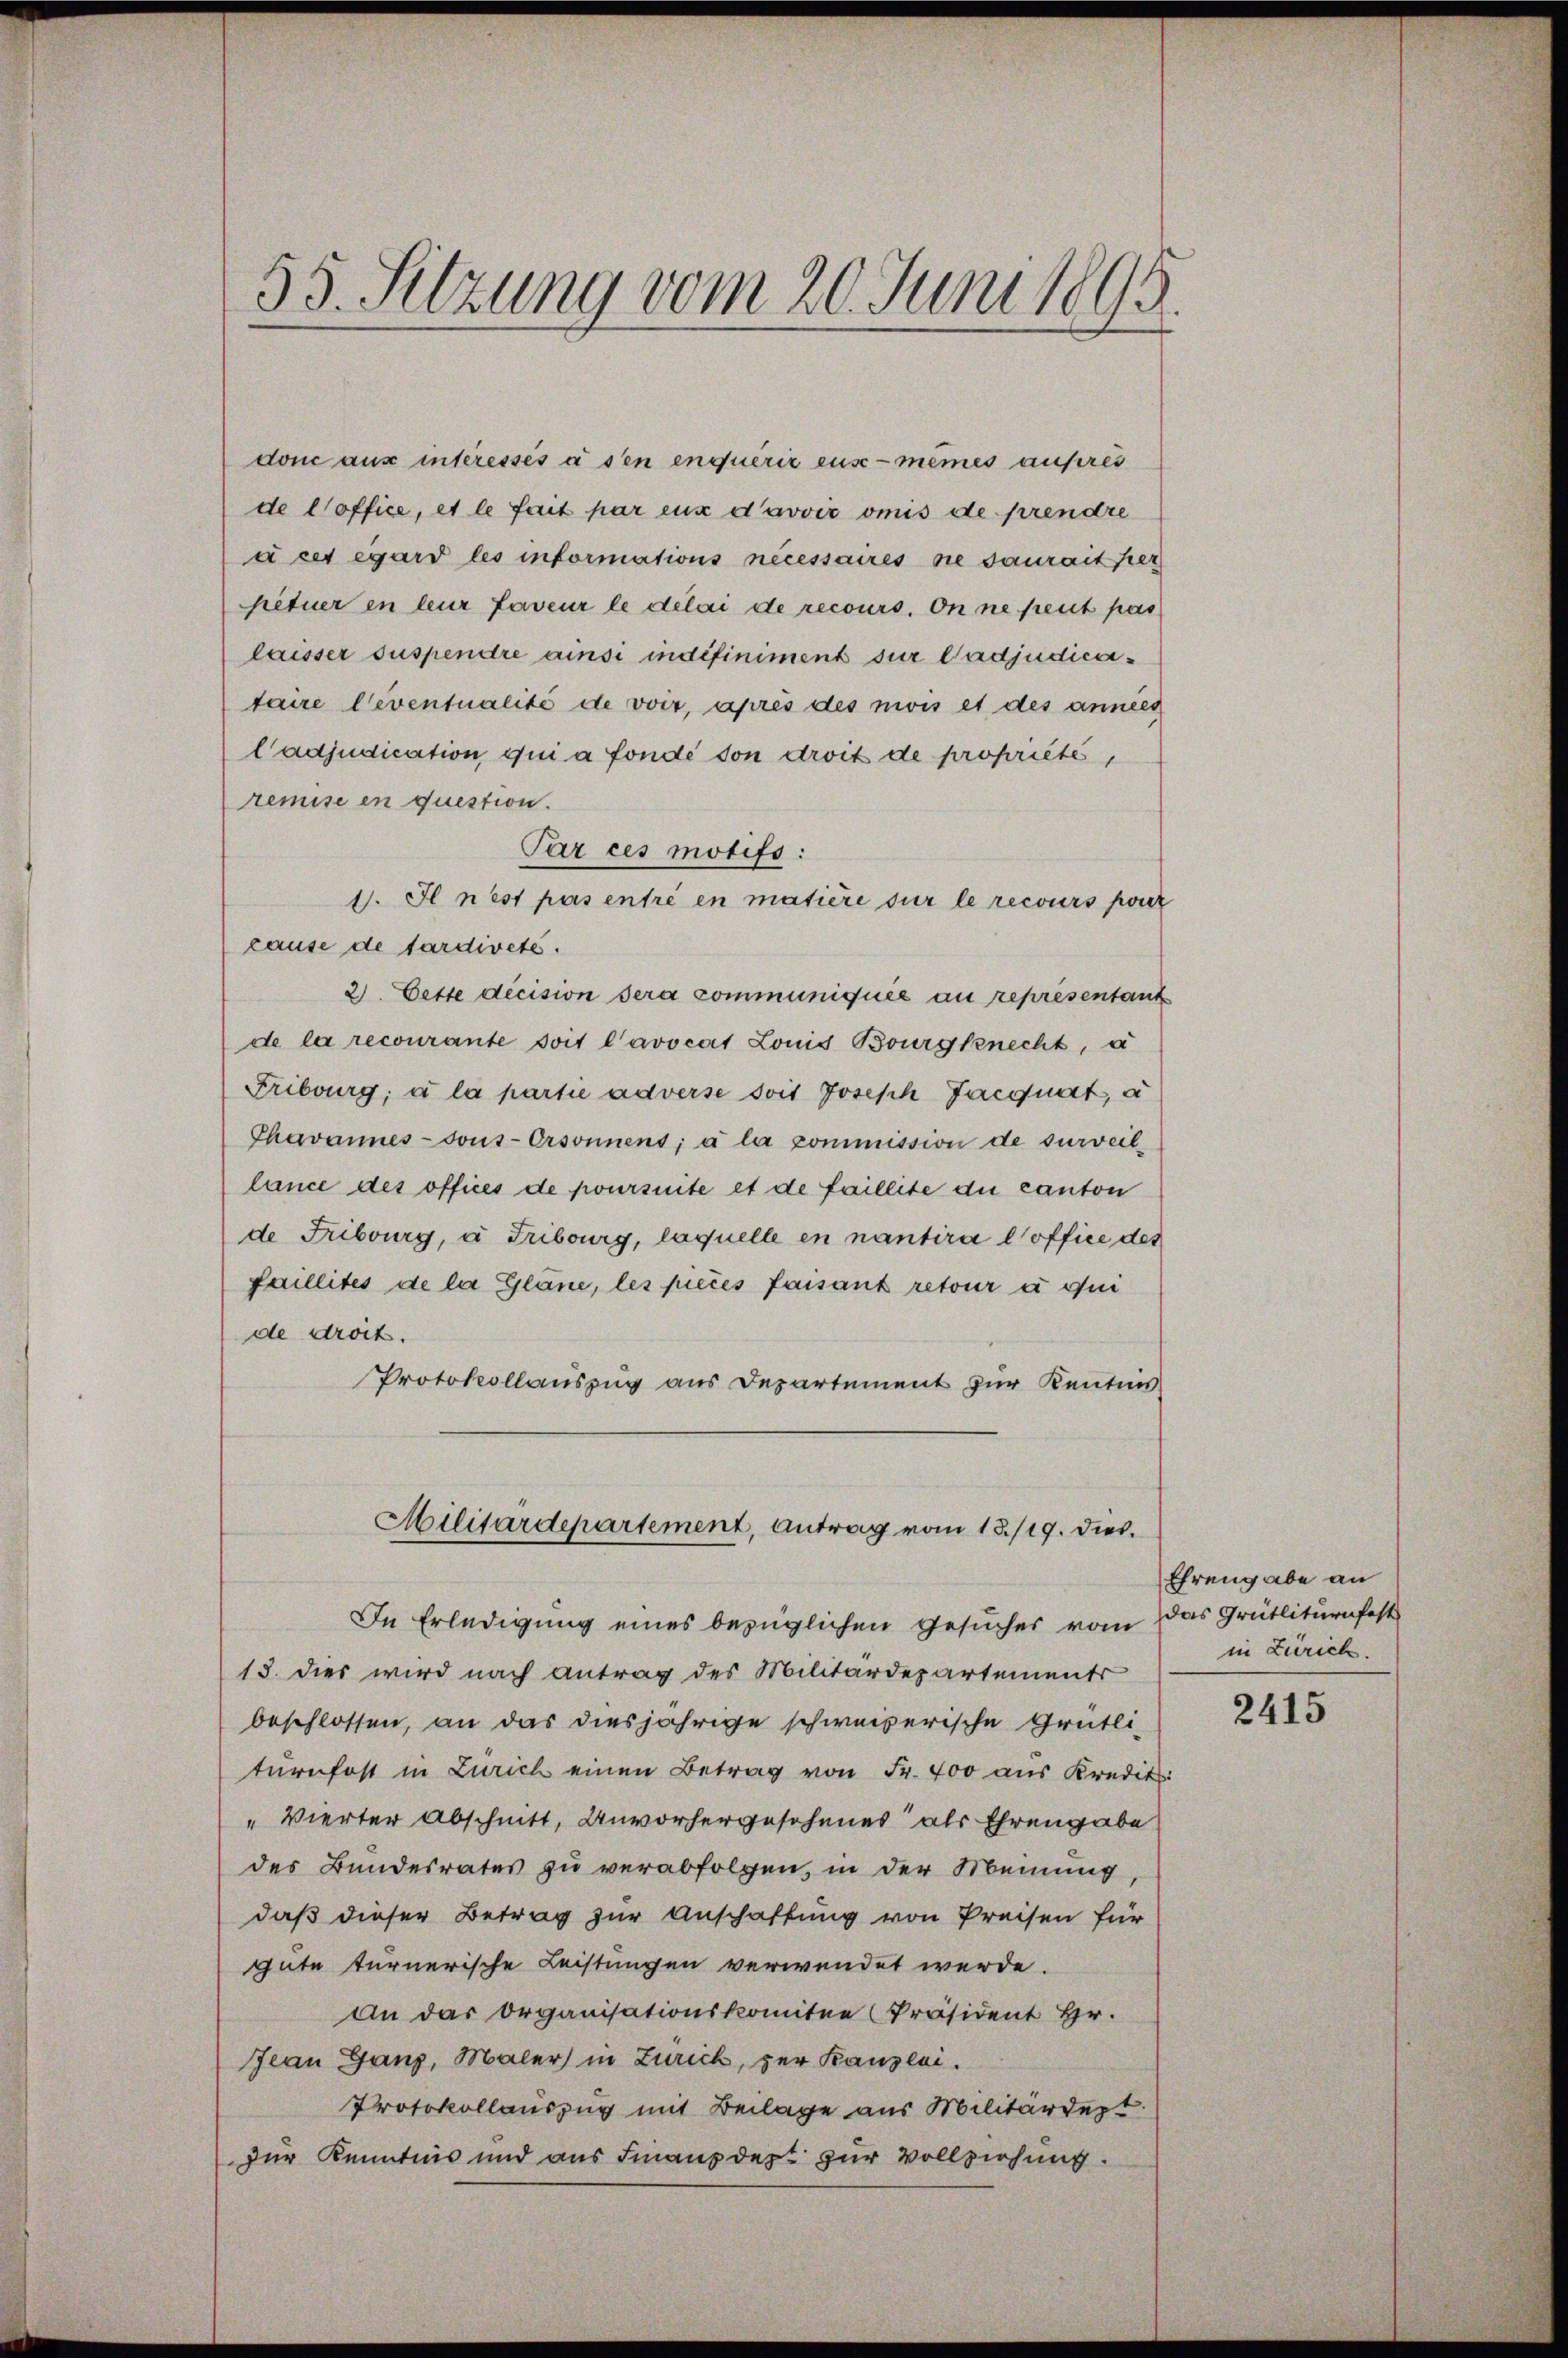
55. Sitzung vom 20. Juni 1895.

don aus interessés à sen enquérir eus-mêmes ausreis
de l’office, et le fait par eux d’avoir omis de prendre
u cet égard les informations nécessaires sie saurait fer
petuer en leur faveur le délai de recours. On ne peut pas
laisser suspendre ainsi indefiniment sur ladjudicataire leventualité de voir, apres des mois et des annes
Cadjudication qui a fonde son droit de propriété,
remise en question.
Par ces motifs:
1. Il n’est pas entré en matière sur le recours pour
cause de tardivete.
2. Cette decision sera communiquée au représentant
de la recourante soit l’avocat Louis Bourgknecht, a
Fribourg; à la partie adverse soit Joseph Jacquat, a
Phavannes- sous-Orsonnent, à la commission de surveil
lance des offices de poursinte et de faillite du canton
de Fribourg, a Tribourg, laquelle en nantira l’office des
faillités de la Glane, les pieces faisant retour à qui
de droit.
Protokollauszug aus Departement zur Kentnis
Militärdepartement, Antrag vom 18./19. dies
In Erledigung eines bezüglichen Gesuches vom
13. dies wird nach Antrag des Militärdepartements
beschlossen, an das diesjährige schweizerische Grütli-
turnfest in Zürich einen Betrag von Fr. 400 aus Kredit.
" Vierter Abschnitt, Unvorhergeschenes als Ehrengabe
des Bundesrates zu verabfolgen, in der Meinung
daß dieser Betrag zur Anschaftung von Preisen für
gute turnerische Leistungen verwendet werde.
An das Organisationskomitee (Präsident Hr.
Jean Ganz, Maler in Zürich, zur Kanzlei.
Protokollauszug mit Beilage aus Militärdept.
zur Kenntnis und aus Finanzdest zur Vollziehung.

Ehrengabe an
das Grütliturnfest
in Zürich.

2415